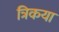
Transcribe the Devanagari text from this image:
त्रिकया